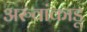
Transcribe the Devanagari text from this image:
अरुवांकाडू